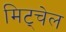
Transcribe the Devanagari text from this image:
मिट्चेल